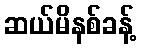
ဆယ်မိနစ်ခန့်